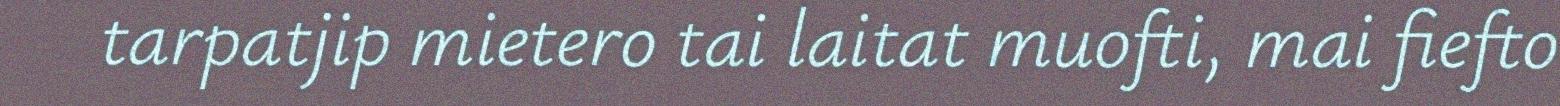
tarpatjip mietero tai laitat muofti, mai fiefto